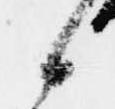
候